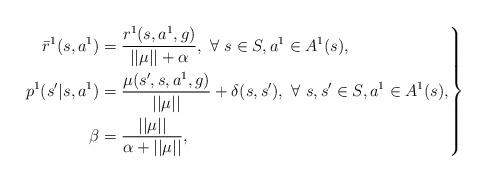
LaTeX: \begin{align*} \left. \begin{aligned} \bar{r}^1(s,a^1)&=\frac{r^1(s,a^1,g)}{||\mu||+\alpha},\ \forall \ s\in S, a^1\in A^1(s),\\ p^1(s'|s,a^1)&=\frac{\mu(s',s,a^1,g)}{||\mu||}+\delta(s,s'), \ \forall \ s,s'\in S, a^1\in A^1(s), \\ \beta&=\frac{||\mu||}{\alpha+||\mu||}, \end{aligned}\right\} \end{align*}